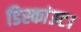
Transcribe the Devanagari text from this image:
डिस्कांउट।